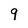
Character: 9